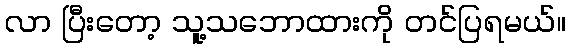
လာ ပြီးတော့ သူ့သဘောထားကို တင်ပြရမယ်။